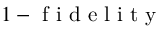
1 - \mathrm { ~ f ~ i ~ d ~ e ~ l ~ i ~ t ~ y ~ }